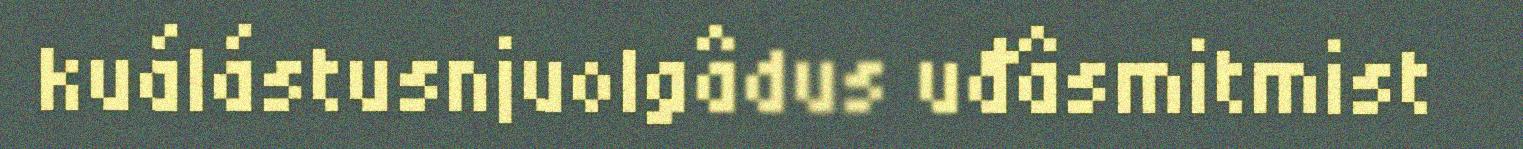
kuálástusnjuolgâdus uđâsmitmist